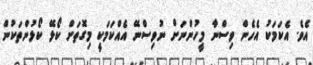
އެވެ. އެކަމަކު އެހެން ވިސްނާ މީހުންނަށް ނުވިސްނޭ އެއްކަމަކީ މިގޮތަށް ކޯޅޭ ކޯޅުންތަކުން